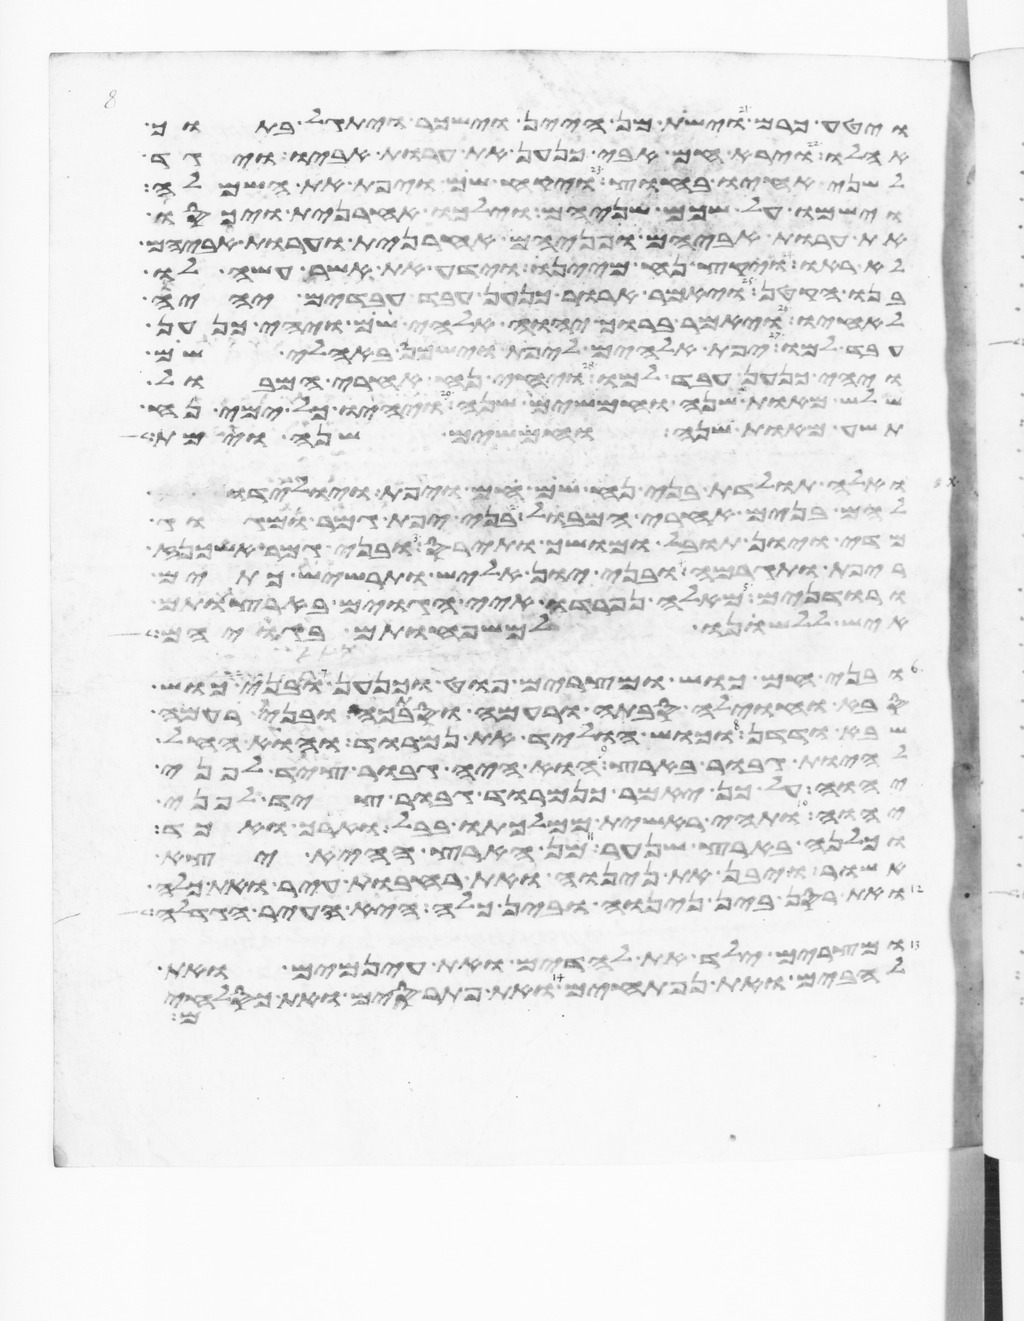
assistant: ויטע כרם וישת מן היין וישכר ויתגל בתוך
אהלו וירא חם אבי כנען את ערות אביו ויגד
לשני אחיו בחוץ ויקח שם ויפת את השמלה
וישמו על שכם שניהם וילכו אחרנית ויכסו
את ערות אביהם ופניהם אחרנית וערות אביהם
לא ראו ויקץ נח מיינו וידע את אשר עשה לו
בנו הקטן ויאמר ארור כנען עבד עבדים יהיה
לאחיו ויאמר ברוך יהוה אלהי שם ויהי כנען
עבד למו יפת אלהים ליפת וישכן באהלי שם
ויהי כנען עבד למו ויחי נח אחרי המבול
שלש מאות שנה וחמשים שנה ויהיו כל ימי נח
תשע מאות שנה וחמשים שנה וימת
ואלה תולדת בני נח שם חם ויפת ויולידו
להם בנים אחרי המבול בני יפת גמר ומגוג
מדי ויון תובל מושך ותירס ובני גמר אשכנז
ריפת ותגרמה ובני יון אליש תרשיש כתים
ורודנים מאלה נפרדו איי הגוים בארצותם
איש ללשנו למשפחותם בגויהם
ובני חם כוש ומצרים פוט וכנען ובני כוש
סבה וחוילה סבתה ורעמה וסבתכה ובני רעמה
שבא ודדן וכוש הוליד את נמרוד הוא החל
להיות גבור בארץ הוא היה גבור ציד לפני
יהוה על כן יאמר כנמרוד גבור ציד לפני
יהוה ותהי ראשית ממלכתו בבל וארך ואכד
וכלנה בארץ שנער מן הארץ ההיא יצא
אשור ויבן את נינוה ואת רחבות עיר ואת כלח
ואת רסן בין נינוה ובין כלח היא העיר הגדלה
ומצרים ילד את לדים ואת עינמים ואת
להבים ואת נפתחים ואת פתרסים ואת
שם